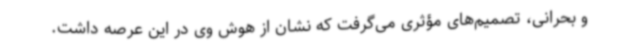
و بحرانی، تصمیم‌های مؤثری می‌گرفت که نشان از هوش وی در این عرصه داشت.